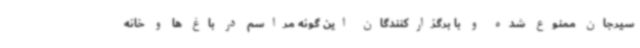
سیرجان ممنوع شده و با برگزارکنندگان این گونه مراسم در باغ ها و خانه